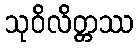
သုဝိလိတ္တဿ